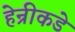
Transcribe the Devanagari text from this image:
हेन्रीकडे